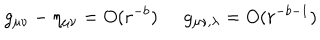
g _ { \mu \nu } - \eta _ { \mu \nu } = O ( r ^ { - b } ) \; \; g _ { \mu \nu , \lambda } = O ( r ^ { - b - 1 } )